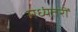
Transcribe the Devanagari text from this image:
मध्यंतरीं